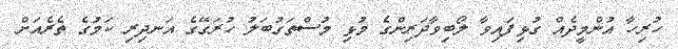
ހުރިހާ އުންމީދެއް ގުޅިފައިވާ ލޯބިވާދަރިންގެ މުޅި މުސްތަގުބަލު ހުރަގޭގެ އަނދިރި ކަމުގެ ތެރެއަށް